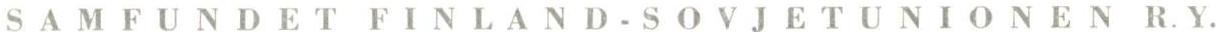
SAMBUNDET FINLAND-SOVJETUNIONEN R.Y.